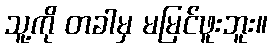
သူ့ကို တခါမှ မမြင်ဖူးဘူး။